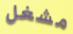
مشغل